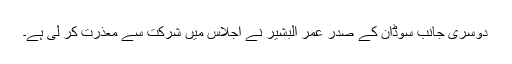
دوسری جانب سوڈان کے صدر عمر البشیر نے اجلاس میں شرکت سے معذرت کر لی ہے۔